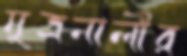
মুত্রনালীর